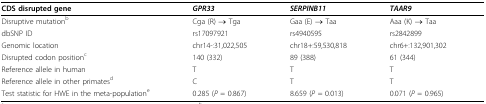
| CDS disrupted gene | GPR33 | SERPINB11 | TAAR9 |
 | --- | --- | --- | --- |
 | Disruptive mutationb | Cga (R) → Tga | Gaa (E) → Taa | Aaa (K) → Taa |
 | dbSNP ID | rs17097921 | rs4940595 | rs2842899 |
 | Genomic location | chr14-:31,022,505 | chr18+:59,530,818 | chr6+:132,901,302 |
 | Disrupted codon positionc | 140 (332) | 89 (388) | 61 (344) |
 | Reference allele in human | T | T | T |
 | Reference allele in other primatesd | C | T | T |
 | Test statistic for HWE in the meta-populatione | 0.285 (P = 0.867) | 8.659 (P = 0.013) | 0.071 (P = 0.965) |